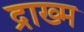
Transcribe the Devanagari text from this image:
द्राख्म